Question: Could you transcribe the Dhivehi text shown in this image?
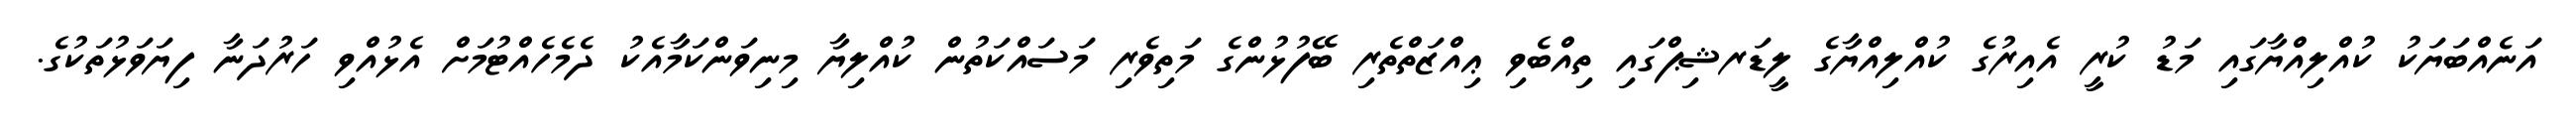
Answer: އަނެއްބަޔަކު ކުއްލިއްޔާގައި މަޑު ކުރީ އެއިރުގެ ކުއްލިއްޔާގެ ލީޑަރޝިޕްގައި ތިއްބެވި ޢިއްޒަތްތެރި ބޭފުޅުންގެ މަތިވެރި މަސައްކަތުން ކުއްލިޔާ މިނިވަންކަމާއެކު ދެމެހެއްޓުމަށް އެޅުއްވި ހަރުދަނާ ފިޔަވަޅުތަކުގެ.